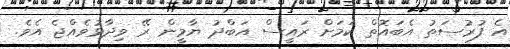
އެ ފުރުސަތު އެބައޮތް ކަމަށް ރައީސް އަބްދު ޔާމީން ރޭ ވިދާޅުވެއްޖެ އެވެ.